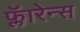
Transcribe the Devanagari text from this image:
फ्लॅारेन्स